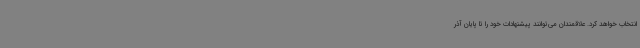
انتخاب خواهد کرد. علاقمندان می‌توانند پیشنهادات خود را تا پایان آذر